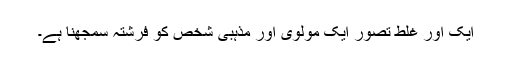
ایک اور غلط تصور ایک مولوی اور مذہبی شخص کو فرشتہ سمجھنا ہے۔